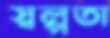
স্বল্পতা